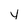
Character: v